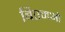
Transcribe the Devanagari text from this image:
बिएमओ